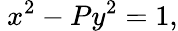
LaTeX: \ x^{2}-Py^{2}=1,